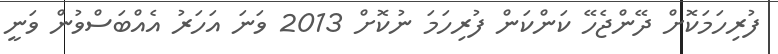
ފުރިހަމަކޮށް ދޭންޖެހޭ ކަންކަން ފުރިހަމަ ނުކޮށް 2013 ވަނަ އަހަރު އެއްބަސްވުން ވަނީ